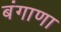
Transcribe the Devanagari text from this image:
बंगाणा